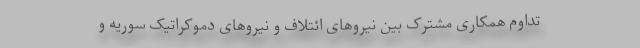
تداوم همکاری مشترک بین نیروهای ائتلاف و نیروهای دموکراتیک سوریه و